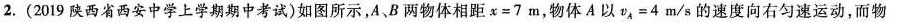
2.(2019陕西省西安中学上学期期中考试)如图所示，A、B两物体相距$$χ=7$$m，物体A以$$v_{A}=4$$m/s的速度向右匀速运动，而物